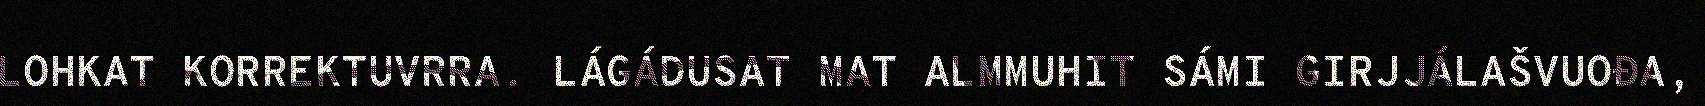
LOHKAT KORREKTUVRRA. LÁGÁDUSAT MAT ALMMUHIT SÁMI GIRJJÁLAŠVUOĐA,